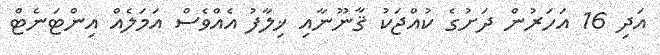
އަދި 16 އަހަރުން ދަށުގެ ކުއްޖަކު ޤާނޫނާއި ޚިލާފު އެއްވެސް އަމަލެއް އިންޓަނެޓް